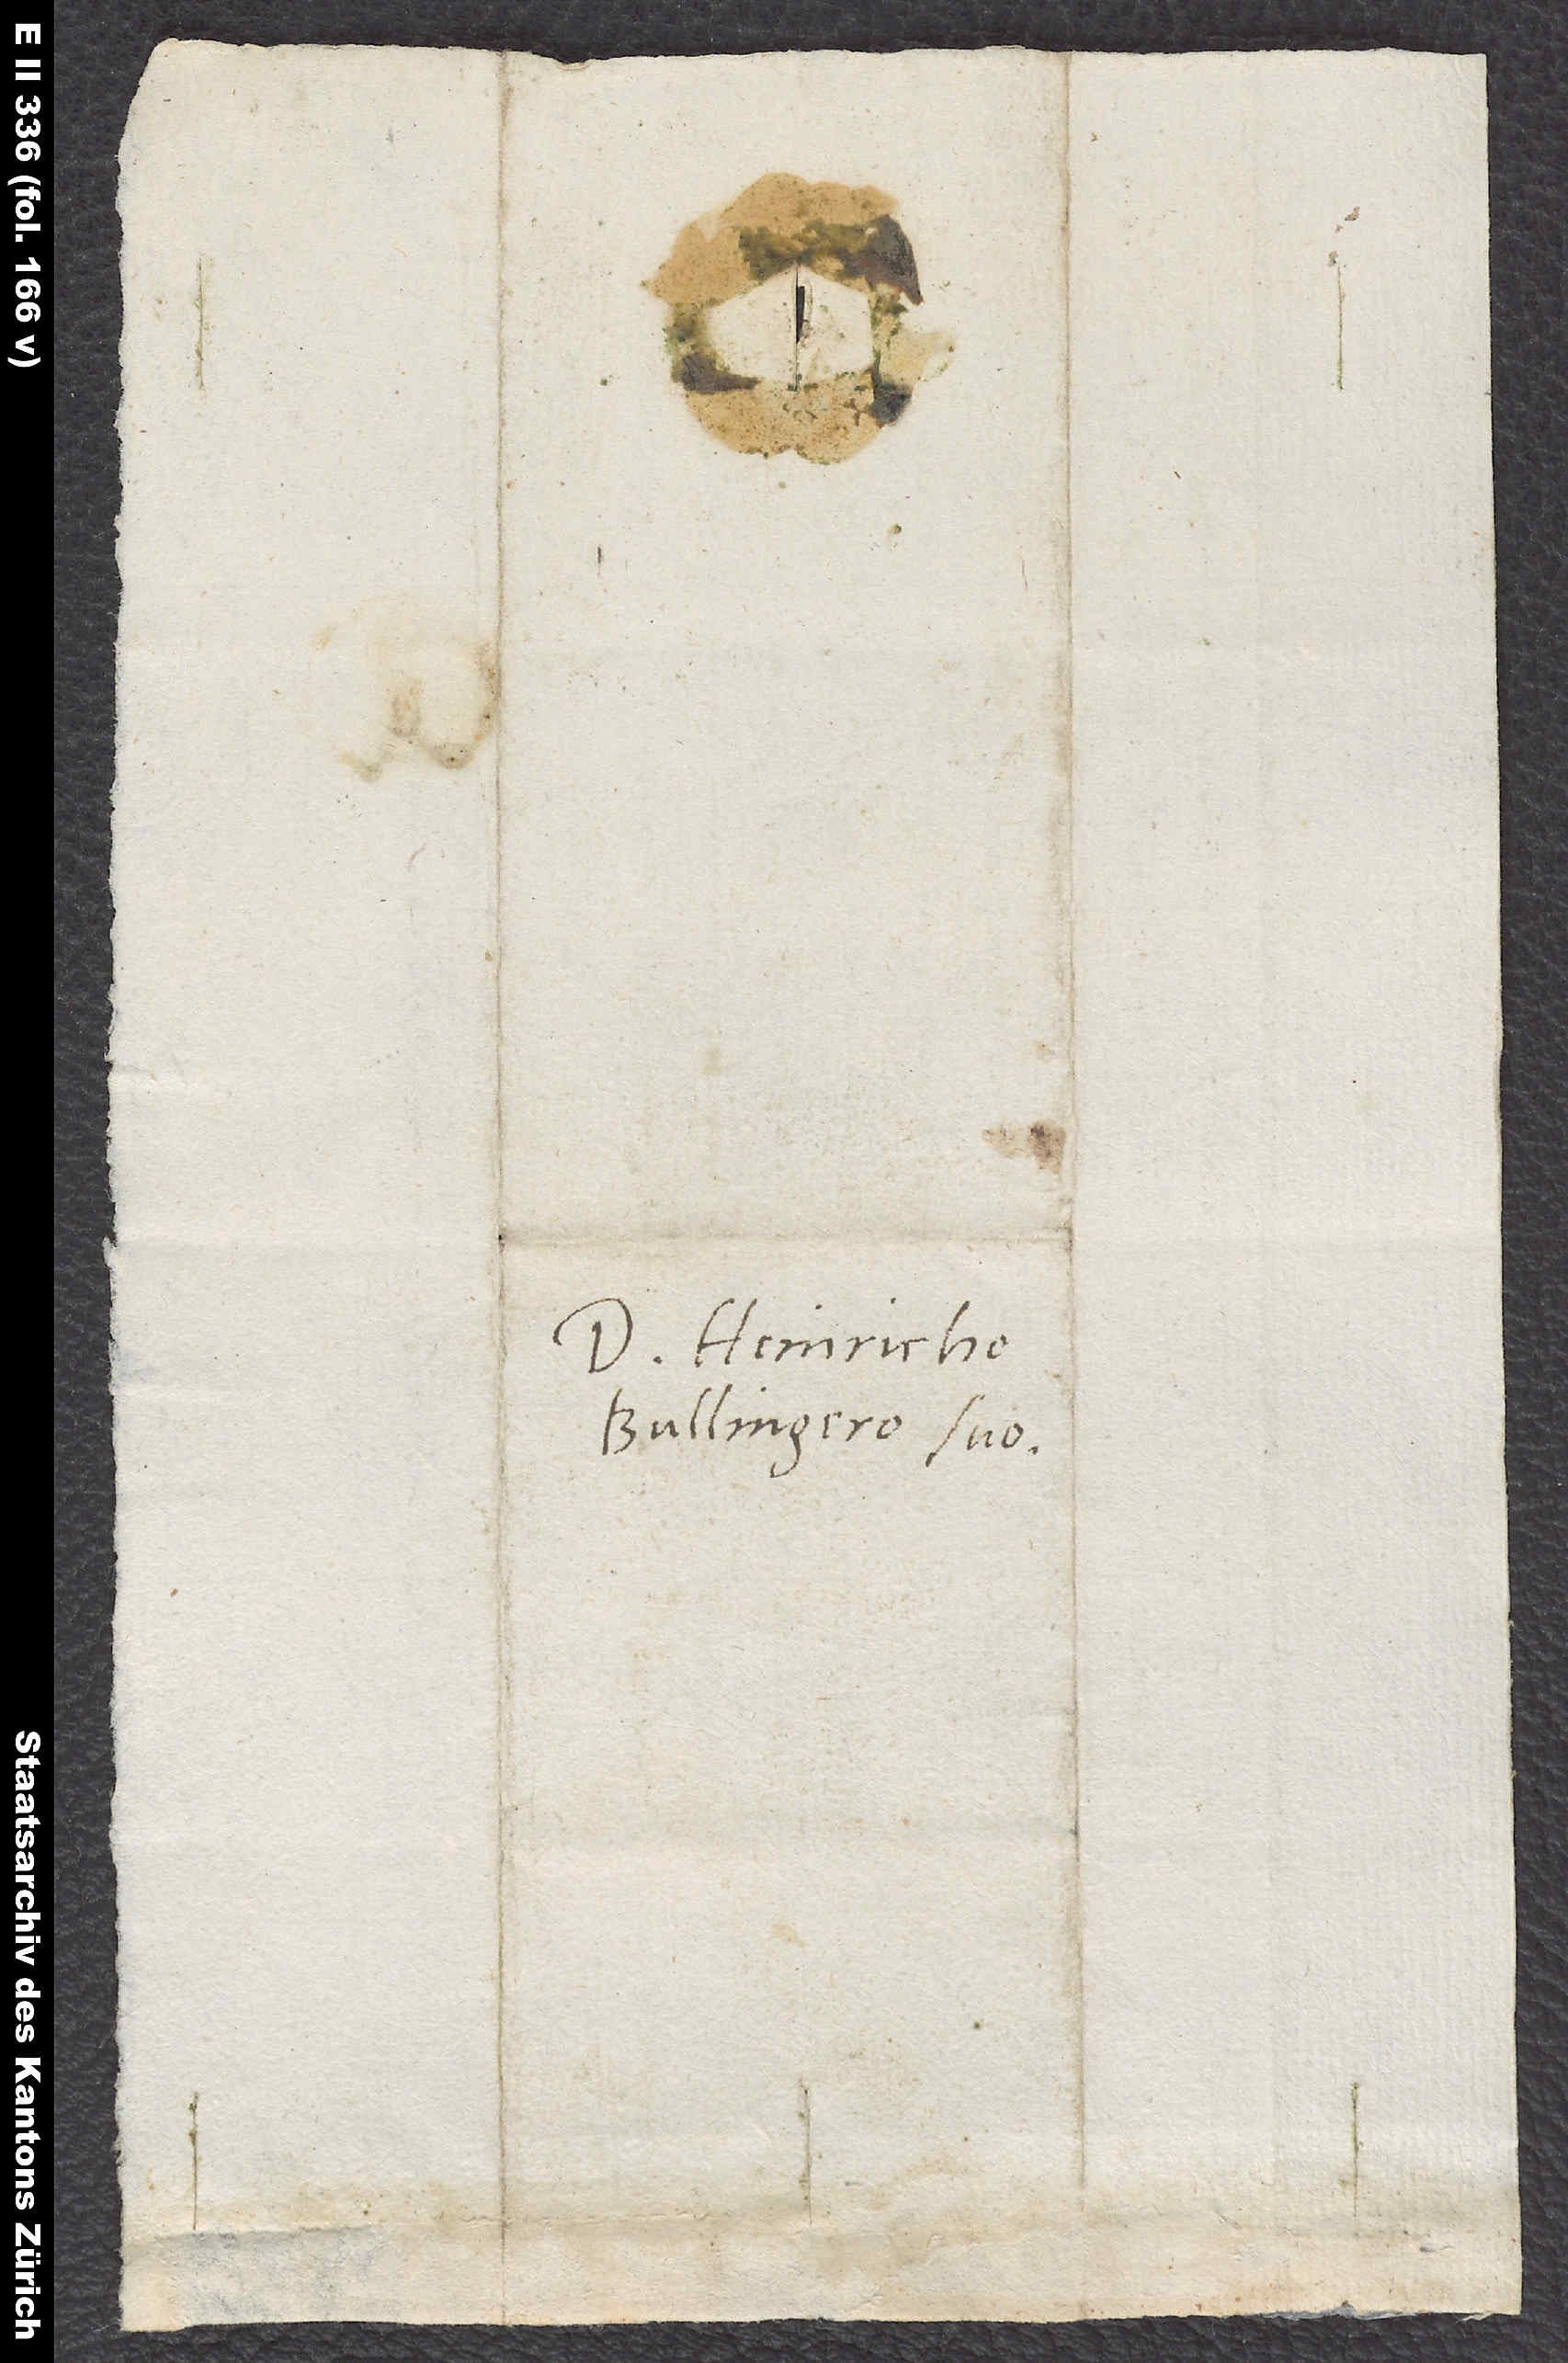
S.

Domino Heinricho
Bullingero suo.